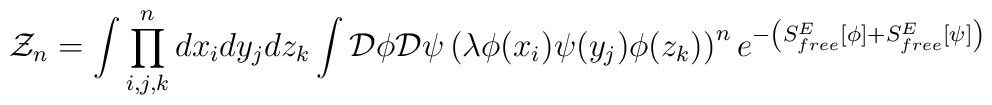
{\cal Z}_n=\int \prod_{i,j,k}^{n} dx_i dy_j dz_k \int{\cal D}\phi{\cal D}\psi \left(\lambda \phi(x_i)\psi(y_j)\phi(z_k)\right)^ne^{-\left(S^E_{free}\left[\phi\right]+S^E_{free}\left[\psi\right]\right)}